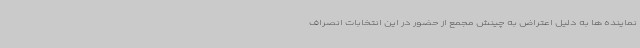
نماینده ها به دلیل اعتراض به چینش مجمع از حضور در این انتخابات انصراف